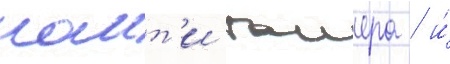
наит'и таиера / и́